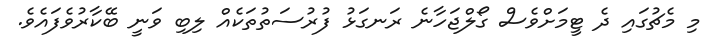
މި މެޗުގައި ދެ ޓީމަށްވެސް ގޯލްޖަހާނެ ރަނގަޅު ފުރުސަތުތަކެއް ލިބި ވަނީ ބޭކާރުވެފައެވެ.